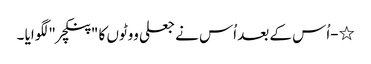
٭-اُس کے بعد اُس نے جعلی ووٹوں کا "پنکچر " لگوایا ۔